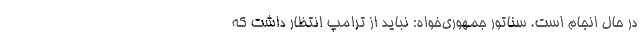
در حال انجام است. سناتور جمهوری‌خواه: نباید از ترامپ انتظار داشت که